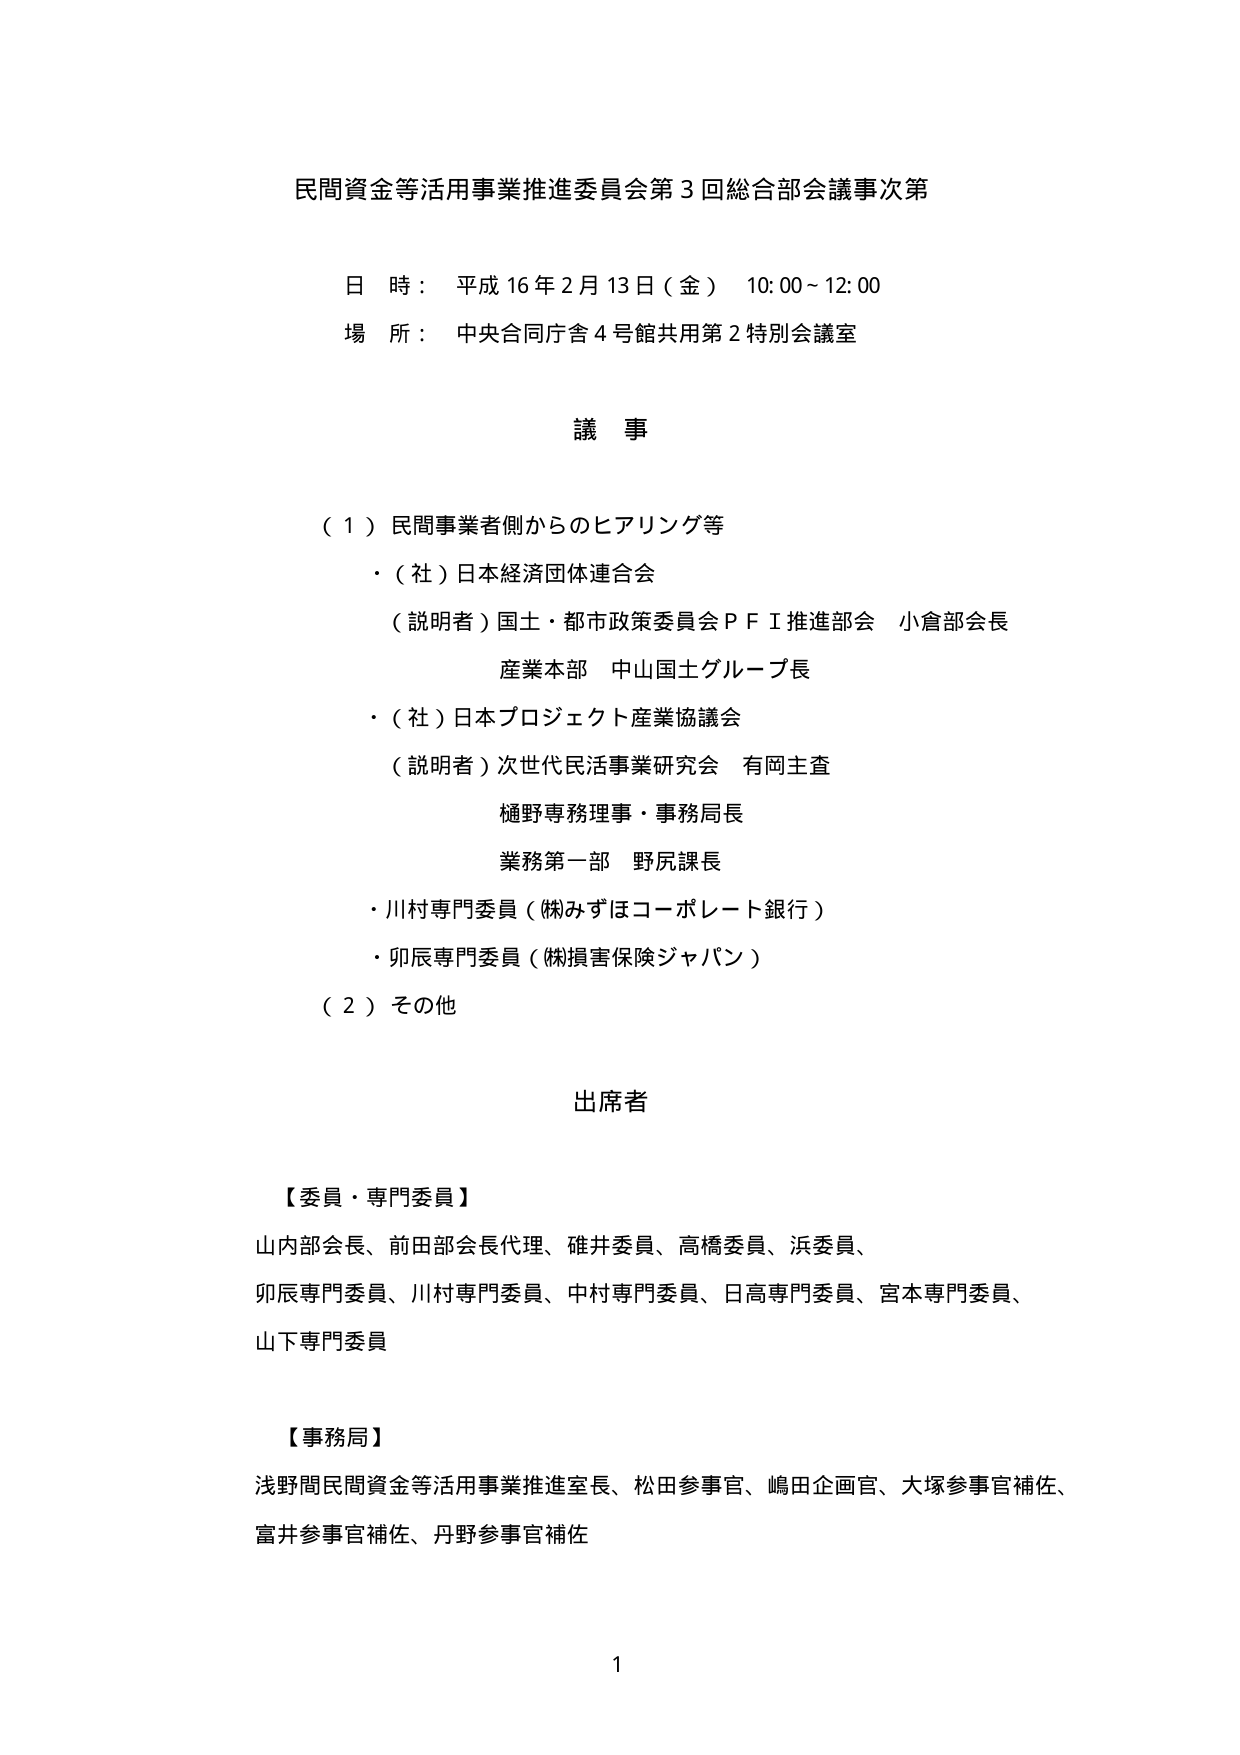
民間資金等活用事業推進委員会第３回総合部会議事次第

日 時： 平成16年2月13日（金） 10:00～12:00
場 所： 中央合同庁舎4号館共用第2特別会議室

議 事

（１）民間事業者側からのヒアリング等
・（社）日本経済団体連合会
　（説明者）国土・都市政策委員会ＰＦＩ推進部会 小倉部会長
　　　　　産業本部 中山国土グループ長
・（社）日本プロジェクト産業協議会
　（説明者）次世代民活事業研究会 有岡主査
　　　　　樋野専務理事・事務局長
　　　　　業務第一部 野尻課長
・川村専門委員（㈱みずほコーポレート銀行）
・卯辰専門委員（㈱損害保険ジャパン）

（２）その他

出席者

【委員・専門委員】
山内部会長、前田部会長代理、碓井委員、高橋委員、浜委員、
卯辰専門委員、川村専門委員、中村専門委員、日高専門委員、宮本専門委員、
山下専門委員

【事務局】
浅野間民間資金等活用事業推進室長、松田参事官、嶋田企画官、大塚参事官補佐、
富井参事官補佐、丹野参事官補佐

1